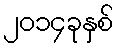
၂၀၁၄ခုနှစ်